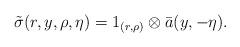
LaTeX: \begin{align*}\tilde\sigma(r,y,\rho,\eta)=1_{(r,\rho)}\otimes\bar a(y,-\eta).\end{align*}